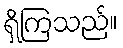
ရှိကြသည်။